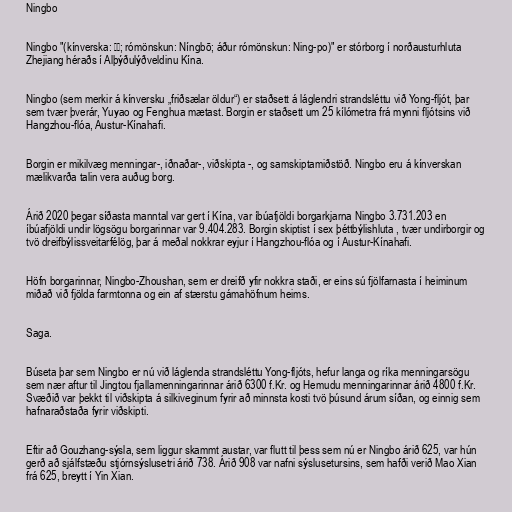
Ningbo

Ningbo "(kínverska: 宁波; rómönskun: Níngbō; áður rómönskun: Ning-po)" er stórborg í norðausturhluta
Zhejiang héraðs í Alþýðulýðveldinu Kína.

Ningbo (sem merkir á kínversku „friðsælar öldur“) er staðsett á láglendri strandsléttu við Yong-fljót, þar
sem tvær þverár, Yuyao og Fenghua mætast. Borgin er staðsett um 25 kílómetra frá mynni fljótsins við
Hangzhou-flóa, Austur-Kínahafi.

Borgin er mikilvæg menningar-, iðnaðar-, viðskipta -, og samskiptamiðstöð. Ningbo eru á kínverskan
mælikvarða talin vera auðug borg.

Árið 2020 þegar síðasta manntal var gert í Kína, var íbúafjöldi borgarkjarna Ningbo 3.731.203 en
íbúafjöldi undir lögsögu borgarinnar var 9.404.283. Borgin skiptist í sex þéttbýlishluta , tvær undirborgir og
tvö dreifbýlissveitarfélög, þar á meðal nokkrar eyjur í Hangzhou-flóa og í Austur-Kínahafi.

Höfn borgarinnar, Ningbo-Zhoushan, sem er dreifð yfir nokkra staði, er eins sú fjölfarnasta í heiminum
miðað við fjölda farmtonna og ein af stærstu gámahöfnum heims.

Saga.

Búseta þar sem Ningbo er nú við láglenda strandsléttu Yong-fljóts, hefur langa og ríka menningarsögu
sem nær aftur til Jingtou fjallamenningarinnar árið 6300 f.Kr. og Hemudu menningarinnar árið 4800 f.Kr.
Svæðið var þekkt til viðskipta á silkiveginum fyrir að minnsta kosti tvö þúsund árum síðan, og einnig sem
hafnaraðstaða fyrir viðskipti.

Eftir að Gouzhang-sýsla, sem liggur skammt austar, var flutt til þess sem nú er Ningbo árið 625, var hún
gerð að sjálfstæðu stjórnsýslusetri árið 738. Árið 908 var nafni sýslusetursins, sem hafði verið Mao Xian
frá 625, breytt í Yin Xian.